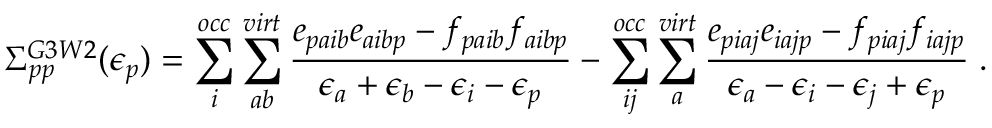
\Sigma _ { p p } ^ { G 3 W 2 } ( \epsilon _ { p } ) = \sum _ { i } ^ { o c c } \sum _ { a b } ^ { v i r t } \frac { e _ { p a i b } e _ { a i b p } - f _ { p a i b } f _ { a i b p } } { \epsilon _ { a } + \epsilon _ { b } - \epsilon _ { i } - \epsilon _ { p } } - \sum _ { i j } ^ { o c c } \sum _ { a } ^ { v i r t } \frac { e _ { p i a j } e _ { i a j p } - f _ { p i a j } f _ { i a j p } } { \epsilon _ { a } - \epsilon _ { i } - \epsilon _ { j } + \epsilon _ { p } } \; .